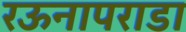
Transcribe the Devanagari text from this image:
रऊनापराडा